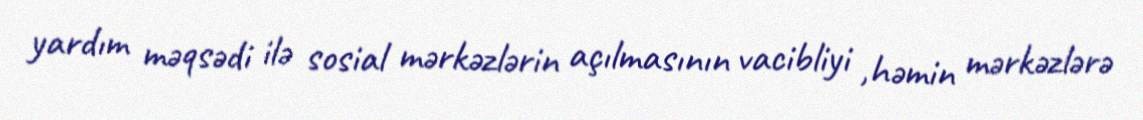
yardım məqsədi ilə sosial mərkəzlərin açılmasının vacibliyi ,həmin mərkəzlərə